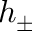
h _ { \pm }